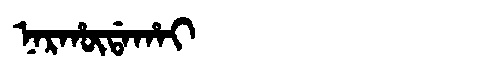
Manchu: ᠨᠠᡵᡥᡡᡩᠠᡥᠠᡳ
Romanization: NARHŪDAHAI